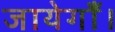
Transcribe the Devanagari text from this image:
जायेगाँ।